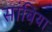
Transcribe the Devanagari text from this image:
सांबिया